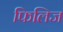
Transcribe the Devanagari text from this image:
फिलिज